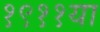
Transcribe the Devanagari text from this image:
१९११या